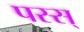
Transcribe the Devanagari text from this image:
पस्स्